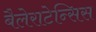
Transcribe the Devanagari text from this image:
बैलेराटेन्सिस